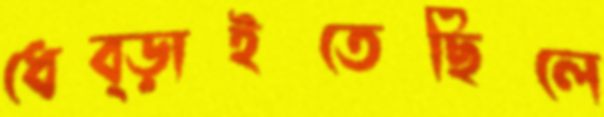
ধেব্‌ড়াইতেছিলে